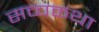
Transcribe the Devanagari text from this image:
सच्चकथा